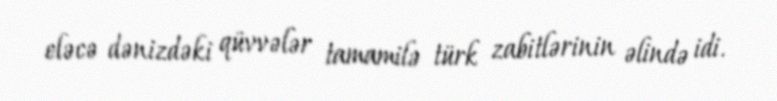
eləcə dənizdəki qüvvələr tamamilə türk zabitlərinin əlində idi.